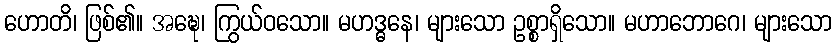
ဟောတိ၊ ဖြစ်၏။ အဍ္ဎေ၊ ကြွယ်ဝသော။ မဟဒ္ဓနေ၊ များသော ဥစ္စာရှိသော။ မဟာဘောဂေ၊ များသော